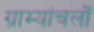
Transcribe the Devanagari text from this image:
ग्राम्यांचलोँ